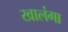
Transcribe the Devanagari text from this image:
खालंगा